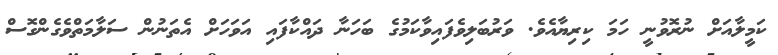
ކަމީލާއަށް ނުރޮވުނީ ހަމަ ކިރިޔާއެވެ. ވަރުބަލިވެފައިވާކަމުގެ ބަހަނާ ދައްކާފައި އަވަހަށް އެތަނުން ސަލާމަތްވެގެންގޮސް